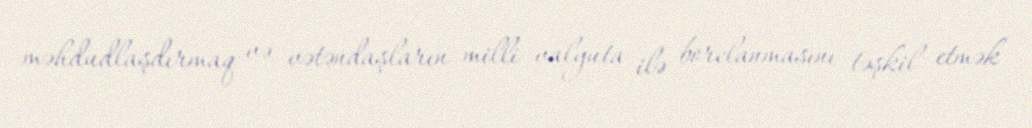
məhdudlaşdırmaq və vətəndaşların milli valyuta ilə borclanmasını təşkil etmək